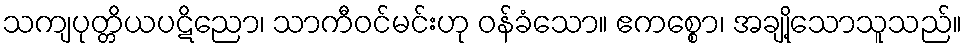
သကျပုတ္တိယပဋိညော၊ သာကီဝင်မင်းဟု ဝန်ခံသော။ ဧကစ္စော၊ အချို့သောသူသည်။